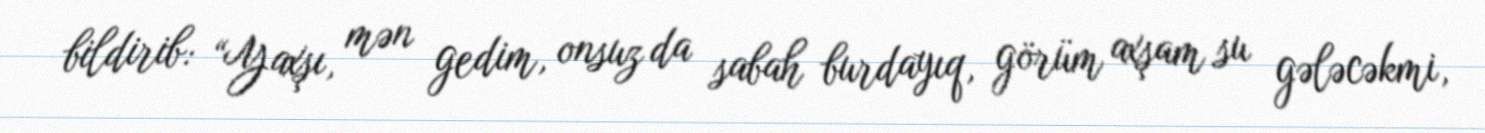
bildirib: “Yaxşı, mən gedim, onsuz da sabah burdayıq, görüm axşam su gələcəkmi,